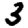
Digit: 3